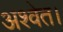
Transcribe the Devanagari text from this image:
अश्वेत।